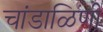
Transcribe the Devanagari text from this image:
चांडाळिणी